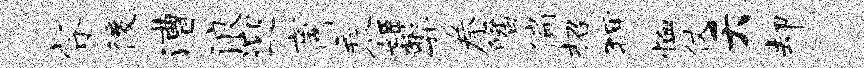
睿後漕浪迎商乘姬弊拳皤偏招狎恤仗夭却